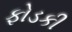
ફોડકી